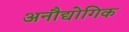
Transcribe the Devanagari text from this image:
अनौद्योगिक